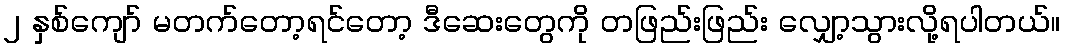
၂ နှစ်ကျော် မတက်တော့ရင်တော့ ဒီဆေးတွေကို တဖြည်းဖြည်း လျှော့သွားလို့ရပါတယ်။